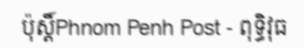
ប៉ុស្តិ៍Phnom Penh Post - ពុទ្ធិវុធ